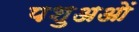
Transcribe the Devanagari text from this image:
पशुअओं